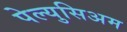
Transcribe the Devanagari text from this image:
पेल्युसिअम